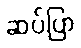
ဆပ်ပြာ